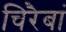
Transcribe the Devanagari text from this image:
चिरैबां